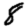
Digit: 8